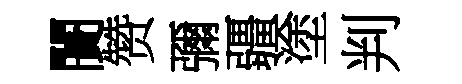
闠赞彌疆塗判